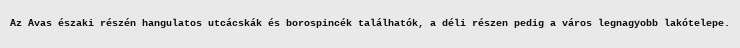
Az Avas északi részén hangulatos utcácskák és borospincék találhatók, a déli részen pedig a város legnagyobb lakótelepe.